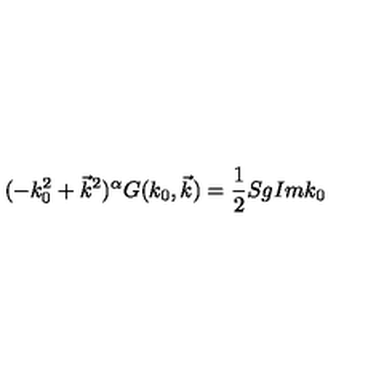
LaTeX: ( - k _ { 0 } ^ { 2 } + \vec { k } ^ { 2 } ) ^ { \alpha } G ( k _ { 0 } , \vec { k } ) = \frac { 1 } { 2 } S g I m k _ { 0 }